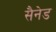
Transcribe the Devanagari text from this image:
सैनेड